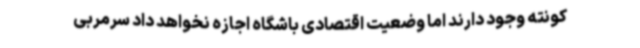
کونته وجود دارند اما وضعیت اقتصادی باشگاه اجازه نخواهد داد سرمربی